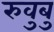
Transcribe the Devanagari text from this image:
रुवुबु